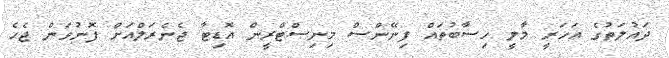
ދައުލަތުގެ އަހަރީ މާލީ ހިސާބުތައް ފިނޭންސް މިނިސްޓްރީން އޮޑިޓާ ޖެނެރަލްއަށް ފޮނުވަން ޖެހެ